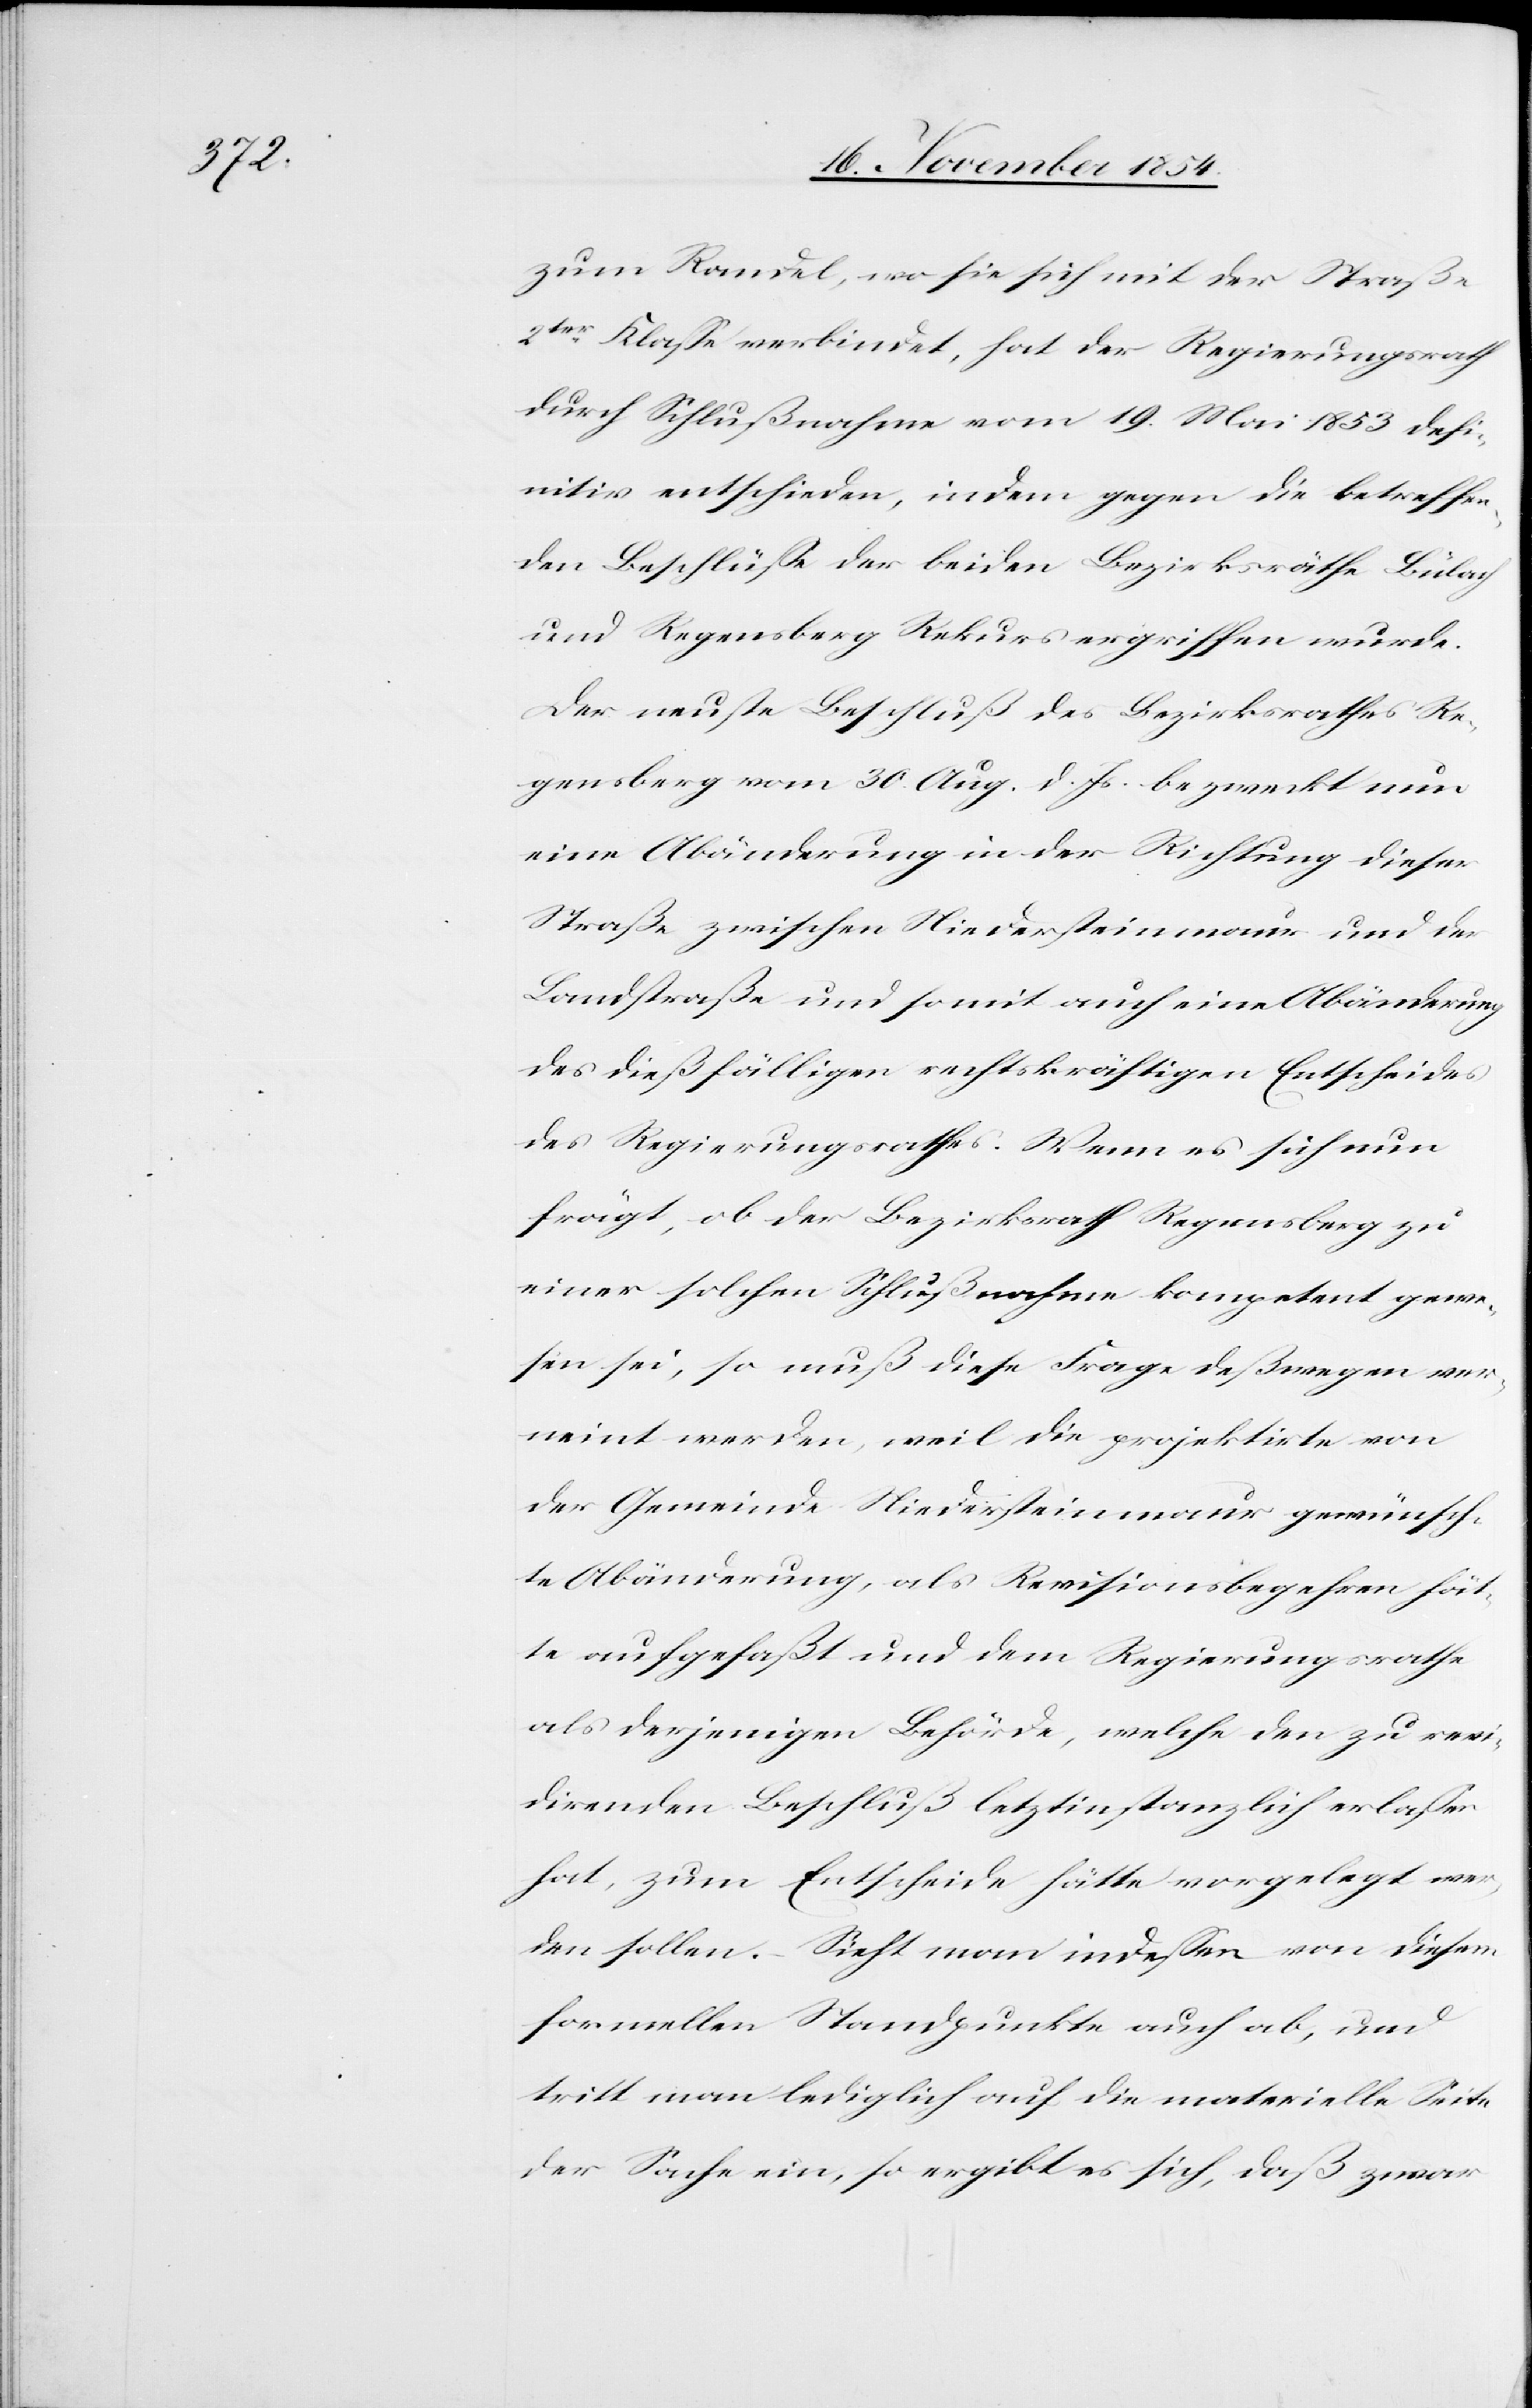
zum Randel, wo sie sich mit der Straße
2ter Klaße verbindet, hat der Regierungsrath
durch Schlußnahme vom 19. Mai 1853 defi¬
nitiv entschieden, indem gegen die betreffen¬
den Beschlüße der beiden Bezirksräthe Bülach
und Regensberg Rekurs ergriffen wurde.
Der neuste Beschluß des Bezirksrathes Re¬
gensberg vom 30. Aug. d. Js. bezweckt nun
eine Abänderung in der Richtung dieser
Straße zwischen Niedersteinmaur und der
Landstraße und somit auch eine Abänderung
des dießfälligen rechtskräftigen Entscheides
des Regierungsrathes. Wenn es sich nun
frägt, ob der Bezirksrath Regensberg zu
einer solchen Schlußnahme kompetent gewe¬
sen sei, so muß diese Frage deßwegen ver¬
neint werden, weil die projektirte von
der Gemeinde Niedersteinmaur gewünsch¬
te Abänderung, als Revisionsbegehren hät¬
te aufgefaßt und dem Regierungsrathe
als derjenigen Behörde, welche den zu revi¬
direnden Beschluß letztinstanzlich erlaßen
hat, zum Entscheide hätte vorgelegt wer¬
den sollen. – Sieht man indeßen von diesem
formellen Standpunkte auch ab, und
tritt man lediglich auf die materielle Seite
der Sache ein, so ergibt es sich, daß zwar